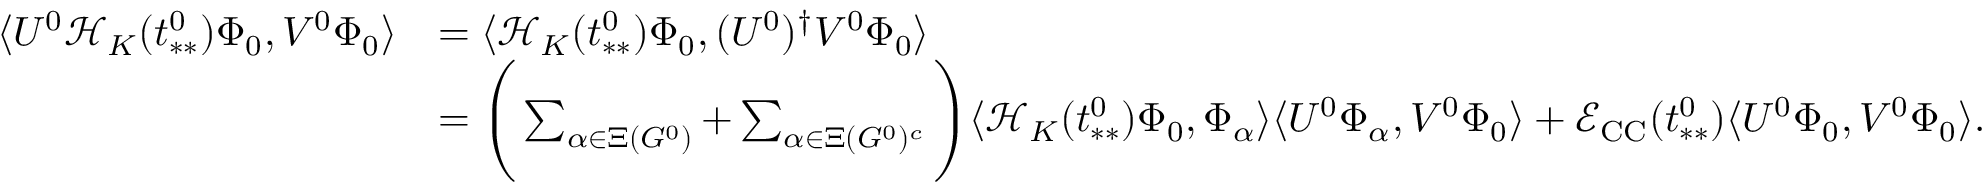
\begin{array} { r l } { \langle U ^ { 0 } \mathcal { H } _ { K } ( t _ { * * } ^ { 0 } ) \Phi _ { 0 } , V ^ { 0 } \Phi _ { 0 } \rangle } & { = \langle \mathcal { H } _ { K } ( t _ { * * } ^ { 0 } ) \Phi _ { 0 } , ( U ^ { 0 } ) ^ { \dag } V ^ { 0 } \Phi _ { 0 } \rangle } \\ & { = \Bigg ( \sum _ { \alpha \in \Xi ( G ^ { 0 } ) } + \sum _ { \alpha \in \Xi ( G ^ { 0 } ) ^ { c } } \Bigg ) \langle \mathcal { H } _ { K } ( t _ { * * } ^ { 0 } ) \Phi _ { 0 } , \Phi _ { \alpha } \rangle \langle U ^ { 0 } \Phi _ { \alpha } , V ^ { 0 } \Phi _ { 0 } \rangle + \mathcal { E } _ { \mathrm { C C } } ( t _ { * * } ^ { 0 } ) \langle U ^ { 0 } \Phi _ { 0 } , V ^ { 0 } \Phi _ { 0 } \rangle . } \end{array}